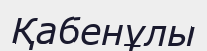
Қабенұлы